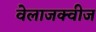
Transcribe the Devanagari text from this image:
वेलाजक्वीज